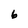
Character: 6